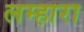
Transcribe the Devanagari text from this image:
लम्हारा